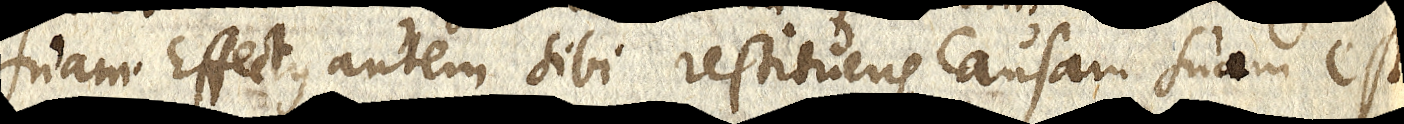
suam Effectus autem sibi restituens causam suam est